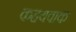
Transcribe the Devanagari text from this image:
कहयवाक